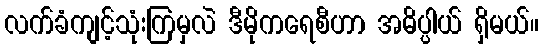
လက်ခံကျင့်သုံးကြမှလဲ ဒီမိုကရေစီဟာ အဓိပ္ပါယ် ရှိမယ်။